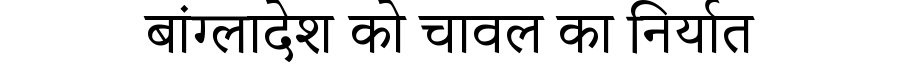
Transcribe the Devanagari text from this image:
बांग्लादेश को चावल का निर्यात